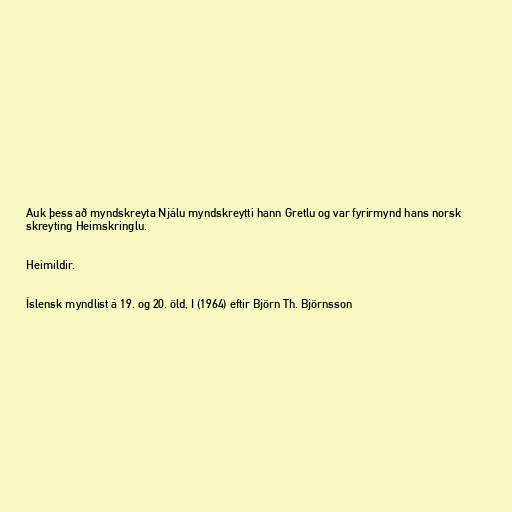
Auk þess að myndskreyta Njálu myndskreytti hann Gretlu og var fyrirmynd hans norsk
skreyting Heimskringlu.

Heimildir.

Íslensk myndlist á 19. og 20. öld, I (1964) eftir Björn Th. Björnsson